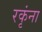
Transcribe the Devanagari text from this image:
रकृंना